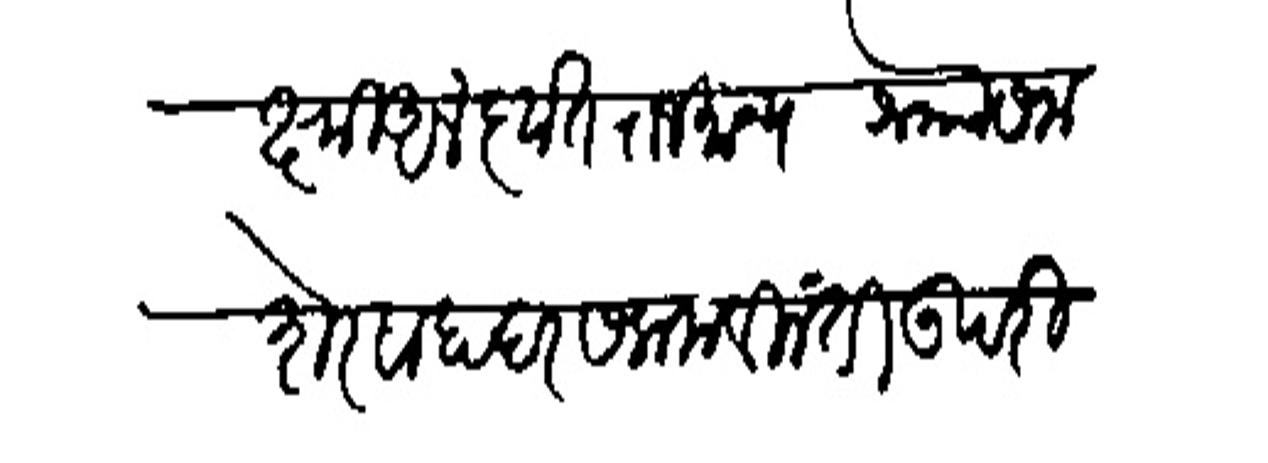
Transliteration (Devanagari): लक्ष्मीअलंकृत राजमान्य श्र्नोा समहेरबाहादर सलाम विनंती उपरि